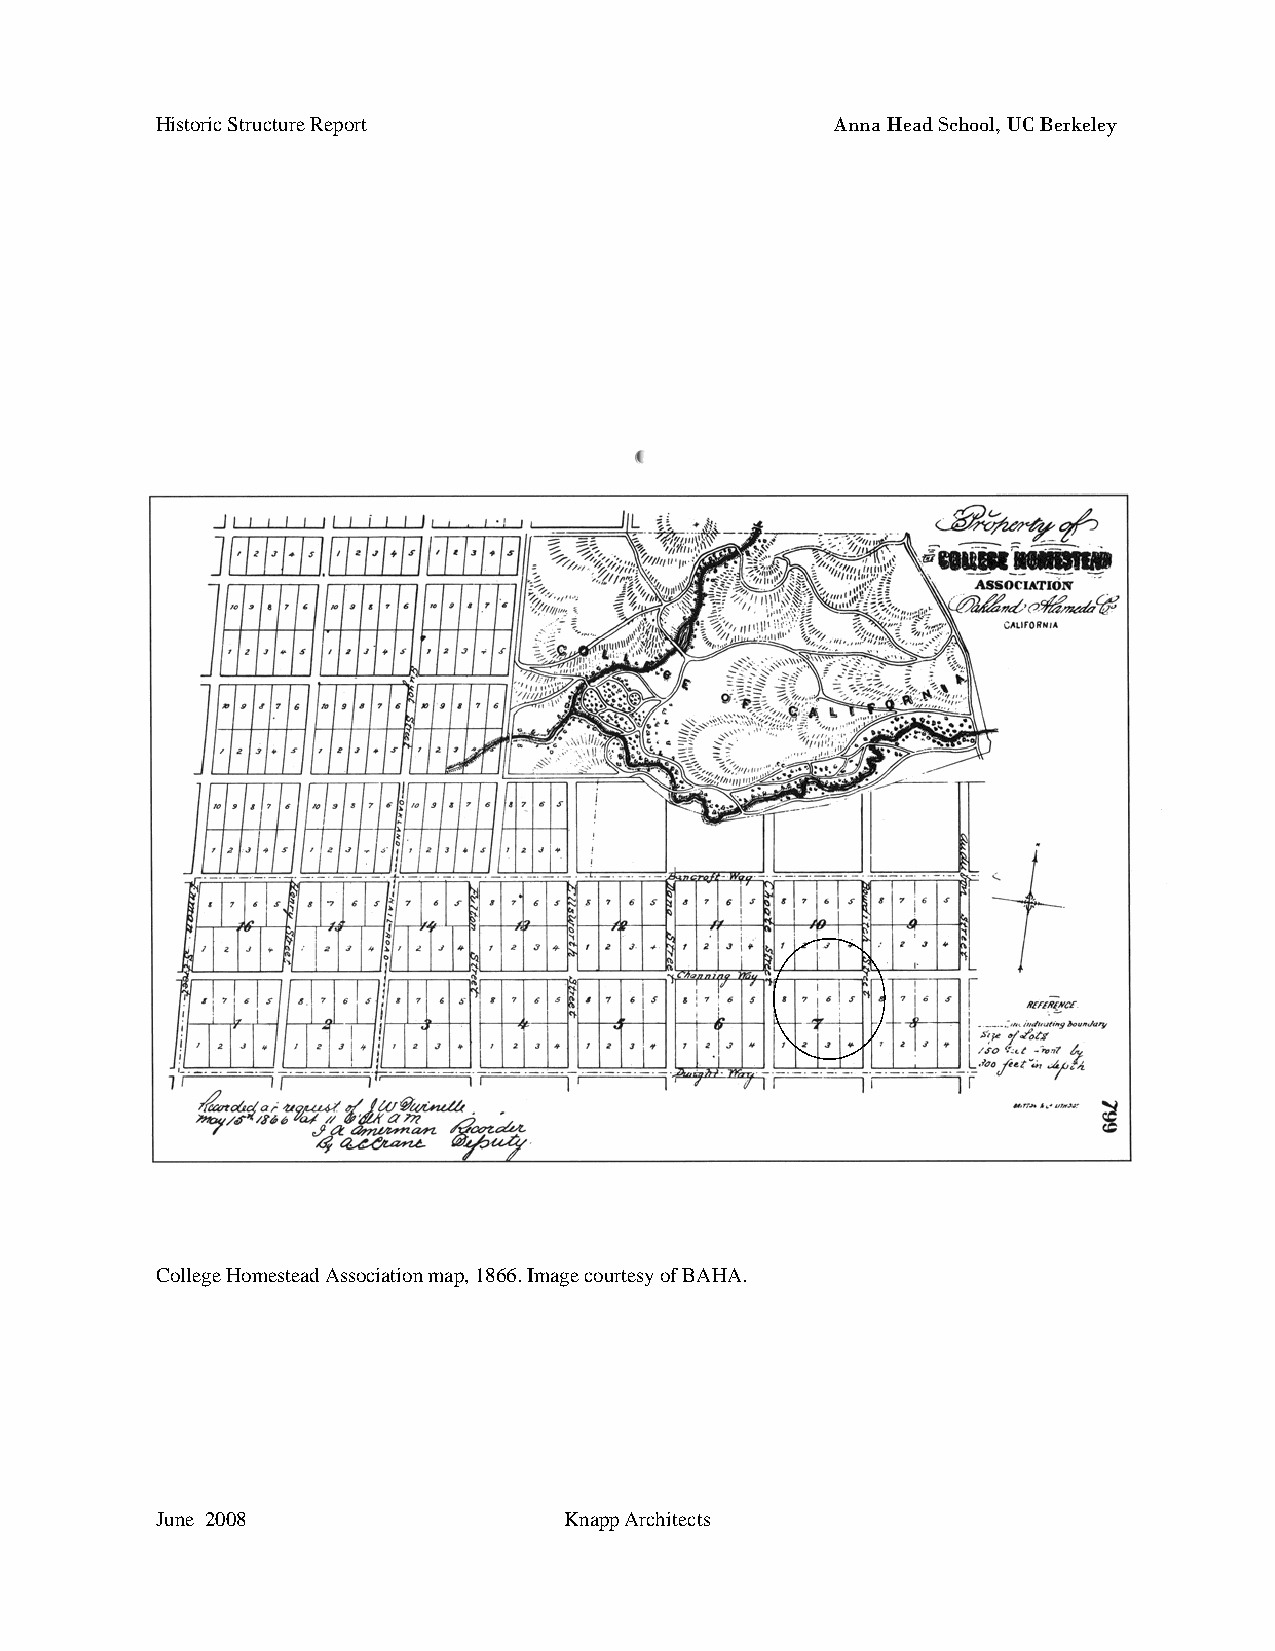
Historic Structure Report                    Anna Head School, UC Berkeley
 College Homestead Association map, 1866. Image courtesy of BAHA.
 June 2008                  Knapp Architects